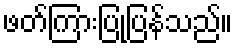
ဖတ်ကြားပြုပြန်သည်။